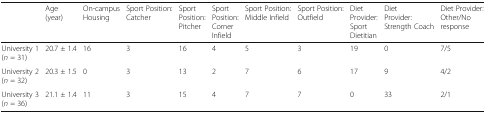
<table><thead><tr><td></td><td><b>Age(year)</b></td><td><b>On-campus Housing</b></td><td><b>Sport Position:Catcher</b></td><td><b>Sport Position:Pitcher</b></td><td><b>Sport Position:CornerInfield</b></td><td><b>Sport Position: Middle Infield</b></td><td><b>Sport Position: Outfield</b></td><td><b>Diet Provider:Sport Dietitian</b></td><td><b>Diet Provider:Strength Coach</b></td><td><b>Diet Provider:Other/No response</b></td></tr></thead><tbody><tr><td>University 1(<i>n</i> = 31)</td><td>20.7 ± 1.4</td><td>16</td><td>3</td><td>16</td><td>4</td><td>5</td><td>3</td><td>19</td><td>0</td><td>7/5</td></tr><tr><td>University 2(<i>n</i> = 32)</td><td>20.3 ± 1.5</td><td>0</td><td>3</td><td>13</td><td>2</td><td>7</td><td>6</td><td>17</td><td>9</td><td>4/2</td></tr><tr><td>University 3(<i>n</i> = 36)</td><td>21.1 ± 1.4</td><td>11</td><td>3</td><td>15</td><td>4</td><td>7</td><td>7</td><td>0</td><td>33</td><td>2/1</td></tr></tbody></table>